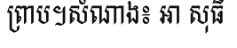
ព្រាប។សំណាង៖ អា សុធី